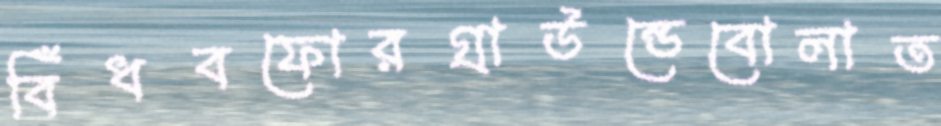
বিঁধবফোরগ্রাউন্ডেবোলাত